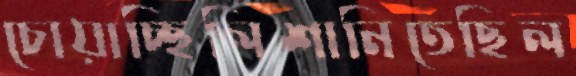
চোয়াচ্ছিলিশানিতেছিল